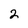
Character: 2